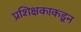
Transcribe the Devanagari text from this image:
प्रशिक्षकाकडून